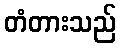
တံတားသည်